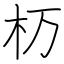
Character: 杤